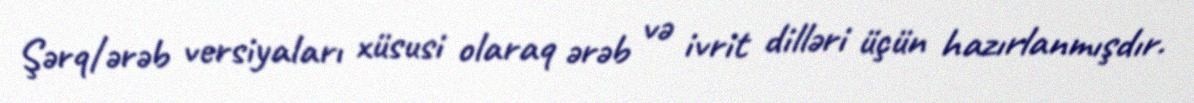
Şərq/ərəb versiyaları xüsusi olaraq ərəb və ivrit dilləri üçün hazırlanmışdır.